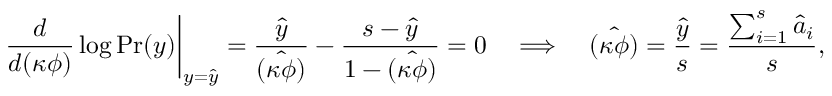
\left. \frac { d } { d ( \kappa \phi ) } \log \mathrm { P r } ( y ) \right| _ { y = \hat { y } } = \frac { \hat { y } } { \hat { ( \kappa \phi ) } } - \frac { s - \hat { y } } { 1 - \hat { ( \kappa \phi ) } } = 0 \quad \Longrightarrow \quad \hat { ( \kappa \phi ) } = \frac { \hat { y } } { s } = \frac { \sum _ { i = 1 } ^ { s } \hat { a } _ { i } } { s } ,